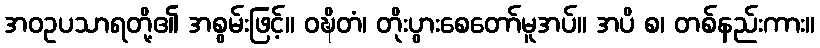
အဝဥပသာရတို့၏ အစွမ်းဖြင့်။ ဝဍ္ဎိတံ၊ တိုးပွားစေတော်မူအပ်။ အပိ စ၊ တစ်နည်းကား။